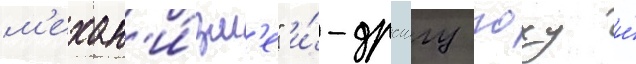
м'ехан'и́зм'е" и́-драигу гоху и́